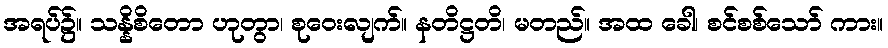
အရပ်၌။ သန္နိစိတော ဟုတွာ၊ စုဝေးလျက်။ နတိဋ္ဌတိ၊ မတည်။ အထ ခေါ၊ စင်စစ်သော် ကား။